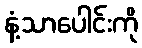
နံ့သာပေါင်းကို